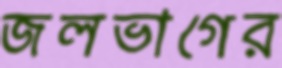
জলভাগের